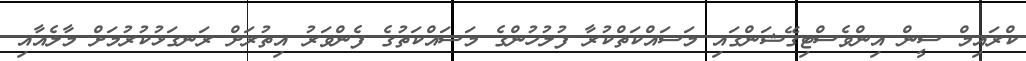
ކްރައިމް ސީން އިންވެސްޓިގޭޝަންގައި މަސައްކަތްކުރާ ފުލުހުންގެ މަސައްކަތުގެ ފެންވަރު އިތުރަށް ރަނގަޅުކުރުމަށް މާލެއާއި